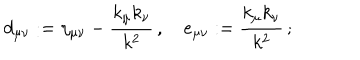
LaTeX: d _ { \mu \nu } : = \eta _ { \mu \nu } - \frac { k _ { \mu } k _ { \nu } } { k ^ { 2 } } \, , \quad e _ { \mu \nu } : = \frac { k _ { \mu } k _ { \nu } } { k ^ { 2 } } \, ;